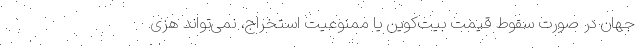
جهان در صورت سقوط قیمت بیت‌کوین یا ممنوعیت استخراج، نمی‌تواند هزی